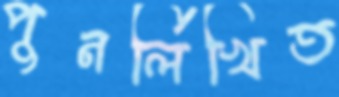
পুনর্লিখিত